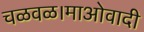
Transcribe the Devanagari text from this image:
चळवळ।माओवादी